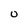
Character: u